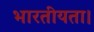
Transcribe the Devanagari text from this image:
भारतीयता।